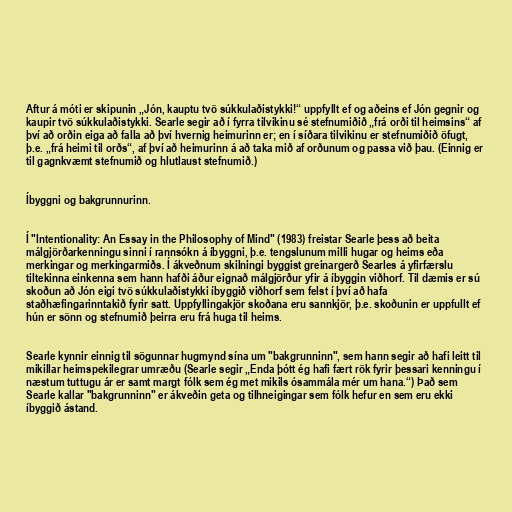
Aftur á móti er skipunin „Jón, kauptu tvö súkkulaðistykki!“ uppfyllt ef og aðeins ef Jón gegnir og
kaupir tvö súkkulaðistykki. Searle segir að í fyrra tilvikinu sé stefnumiðið „frá orði til heimsins“ af
því að orðin eiga að falla að því hvernig heimurinn er; en í síðara tilvikinu er stefnumiðið öfugt,
þ.e. „frá heimi til orðs“, af því að heimurinn á að taka mið af orðunum og passa við þau. (Einnig er
til gagnkvæmt stefnumið og hlutlaust stefnumið.)

Íbyggni og bakgrunnurinn.

Í "Intentionality: An Essay in the Philosophy of Mind" (1983) freistar Searle þess að beita
málgjörðarkenningu sinni í rannsókn á íbyggni, þ.e. tengslunum milli hugar og heims eða
merkingar og merkingarmiðs. Í ákveðnum skilningi byggist greinargerð Searles á yfirfærslu
tiltekinna einkenna sem hann hafði áður eignað málgjörður yfir á íbyggin viðhorf. Til dæmis er sú
skoðun að Jón eigi tvö súkkulaðistykki íbyggið viðhorf sem felst í því að hafa
staðhæfingarinntakið fyrir satt. Uppfyllingakjör skoðana eru sannkjör, þ.e. skoðunin er uppfullt ef
hún er sönn og stefnumið þeirra eru frá huga til heims.

Searle kynnir einnig til sögunnar hugmynd sína um "bakgrunninn", sem hann segir að hafi leitt til
mikillar heimspekilegrar umræðu (Searle segir „Enda þótt ég hafi fært rök fyrir þessari kenningu í
næstum tuttugu ár er samt margt fólk sem ég met mikils ósammála mér um hana.“) Það sem
Searle kallar "bakgrunninn" er ákveðin geta og tilhneigingar sem fólk hefur en sem eru ekki
íbyggið ástand.